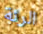
الرئة